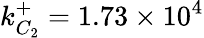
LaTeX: k_{C_{2}}^{+}=1.73\times 10^{4}